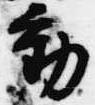
動